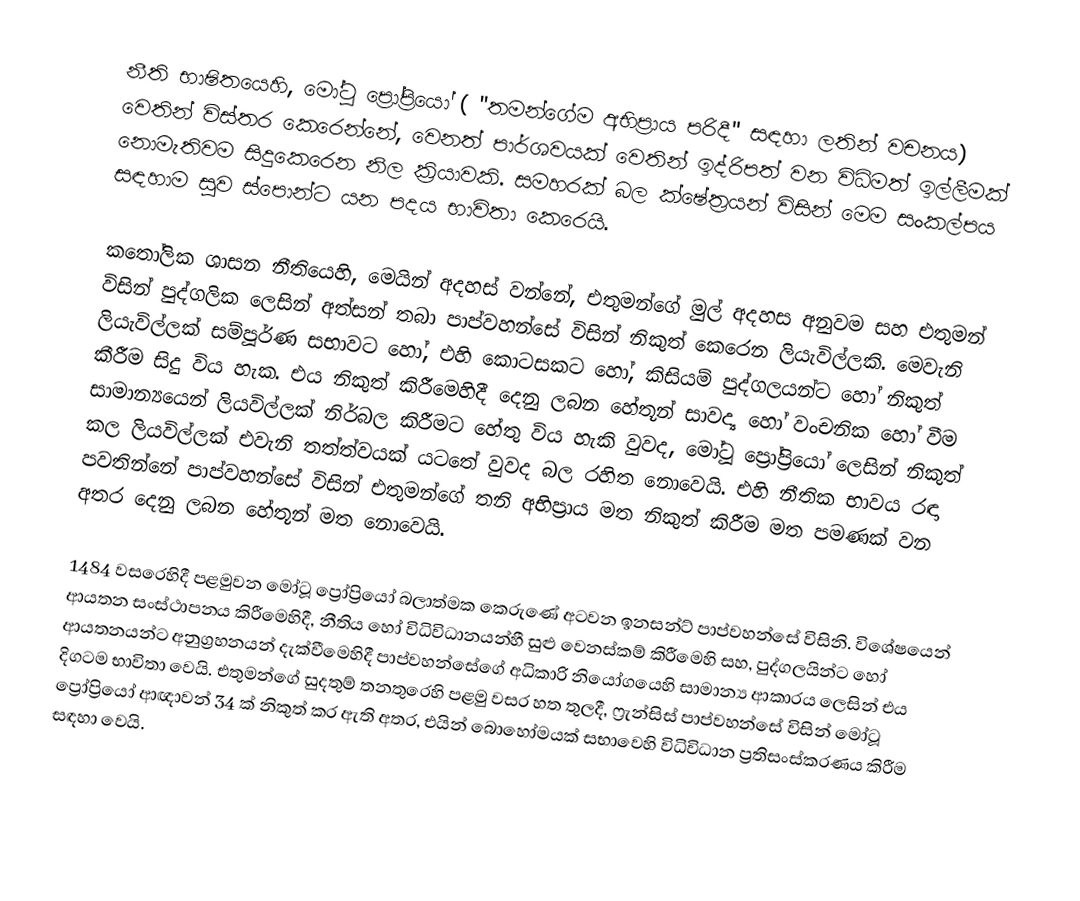
නීති භාෂිතයෙහි, මෝටූ ප්‍රෝප්‍රියෝ ( "තමන්ගේම අභිප්‍රාය පරිදී" සඳහා ලතින් වචනය) වෙතින් විස්තර කෙරෙන්නේ, වෙනත් පාර්ශවයක් වෙතින් ඉද්රිපත් වන විධිමත් ඉල්ලීමක් නොමැතිවම සිදුකෙරෙන නිල ක්‍රියාවකි. සමහරක් බල ක්ෂේත්‍රයන් විසින් මෙම සංකල්පය සඳහාම  සුව ස්පොන්ට යන පදය භාවිතා කෙරෙයි.

කතෝලික ශාසන නීතියෙහි, මෙයින් අදහස් වන්නේ, එතුමන්ගේ මුල් අදහස අනුවම සහ එතුමන් විසින් පුද්ගලික ලෙසින් අත්සන් තබා පාප්වහන්සේ විසින් නිකුත් කෙරෙන ලියැවිල්ලකි.  මෙවැනි ලියැවිල්ලක් සම්පූර්ණ සභාවට හෝ, එහි කොටසකට හෝ, කිසියම් පුද්ගලයන්ට හෝ නිකුත් කීරීම සිදු විය හැක. එය නිකුත් කිරීමෙහිදී දෙනු ලබන හේතූන් සාවද්‍ය හෝ වංචනික හෝ වීම සාමාන්‍යයෙන් ලියවිල්ලක් නිර්බල කිරීමට හේතු විය හැකි වුවද,   මෝටූ ප්‍රෝප්‍රියෝ ලෙසින් නිකුත් කල ලියවිල්ලක් එවැනි තත්ත්වයක් යටතේ වුවද බල රහිත නොවෙයි. එහි නීතික භාවය රඳා පවතින්නේ පාප්වහන්සේ විසින් එතුමන්ගේ තනි අභිප්‍රාය මත නිකුත් කිරීම මත පමණක් වන අතර දෙනු ලබන හේතූන් මත නොවෙයි.

1484 වසරෙහිදී පළමුවන මෝටූ ප්‍රෝප්‍රියෝ බලාත්මක ‌කෙරුණේ අටවන ඉනසන්ට් පාප්වහන්සේ විසිනි. විශේෂයෙන් ආයතන සංස්ථාපනය කිරීමෙහිදී, නීතිය හෝ විධිවිධානයන්හී සුළු වෙනස්කම් කිරීමෙහි සහ, පුද්ගලයින්ට හෝ ආයතනයන්ට අනුග්‍රහනයන් දැක්වීමෙහිදී  පාප්වහන්සේගේ අධිකාරි නියෝගයෙහි සාමාන්‍ය ආකාරය ලෙසින් එය දිගටම භාවිතා වෙයි. එතුමන්ගේ සුදතුම් තනතුරෙහි පළමු වසර හත තුලදී, ෆ්‍රැන්සිස් පාප්වහන්සේ විසින් මෝටූ ප්‍රෝප්‍රියෝ ආඥාවන් 34 ක් නිකුත් කර ඇති අතර, එයින් බොහෝමයක් සභාවෙහි විධිවිධාන ප්‍රතිසංස්කරණය කිරීම සඳහා වෙයි.